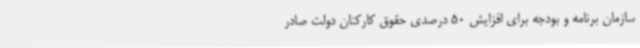
سازمان برنامه و بودجه برای افزایش 50 درصدی حقوق کارکنان دولت صادر